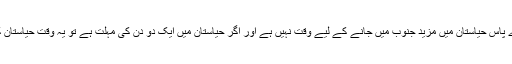
مگر کاراباغ میں بے انتہا دلچسپی ہونے کے باوجود واضح تھا کہ ہمارے پاس حیاستان میں مزید جنوب میں جانے کے لیے وقت نہیں ہے اور اگر حیاستان میں ایک دو دن کی مہلت ہے تو یہ وقت حیاستان کے شمال میں گرجستان [جورجیا] کی سرحد کے قریب صرف کرنا ہوگا۔